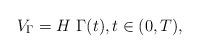
LaTeX: \begin{align*}V_\Gamma = H \ \Gamma (t) ,t \in (0,T),\end{align*}